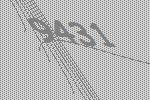
9431